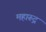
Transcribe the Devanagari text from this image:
महारूद्र